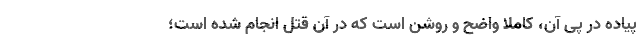
پیاده در پی آن، کاملاً واضح و روشن است که در آن قتل انجام شده است؛